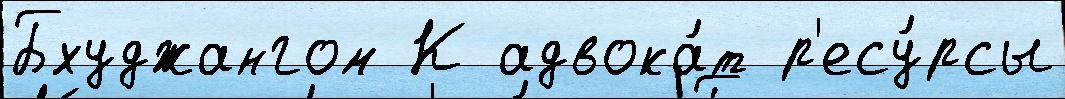
Бхуджангом К адвока́т р'есу́рсы